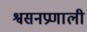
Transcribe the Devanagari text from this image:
श्वसनप्रणाली